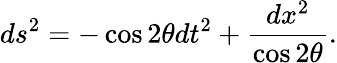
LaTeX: ds^{2}=-\cos 2\theta dt^{2}+\frac{dx^{2}}{\cos 2\theta}.